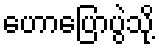
ဟောပြောပွဲသို့